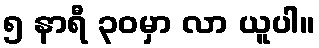
၅ နာရီ ၃၀မှာ လာ ယူပါ။